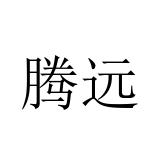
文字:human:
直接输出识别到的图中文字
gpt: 腾远